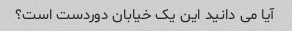
آیا می دانید این یک خیابان دوردست است؟